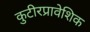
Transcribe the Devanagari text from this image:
कुटीरप्रावेशिक